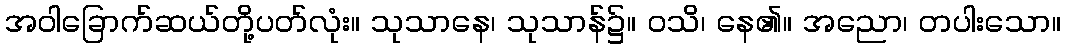
အဝါခြောက်ဆယ်တို့ပတ်လုံး။ သုသာနေ၊ သုသာန်၌။ ဝသိ၊ နေ၏။ အညော၊ တပါးသော။